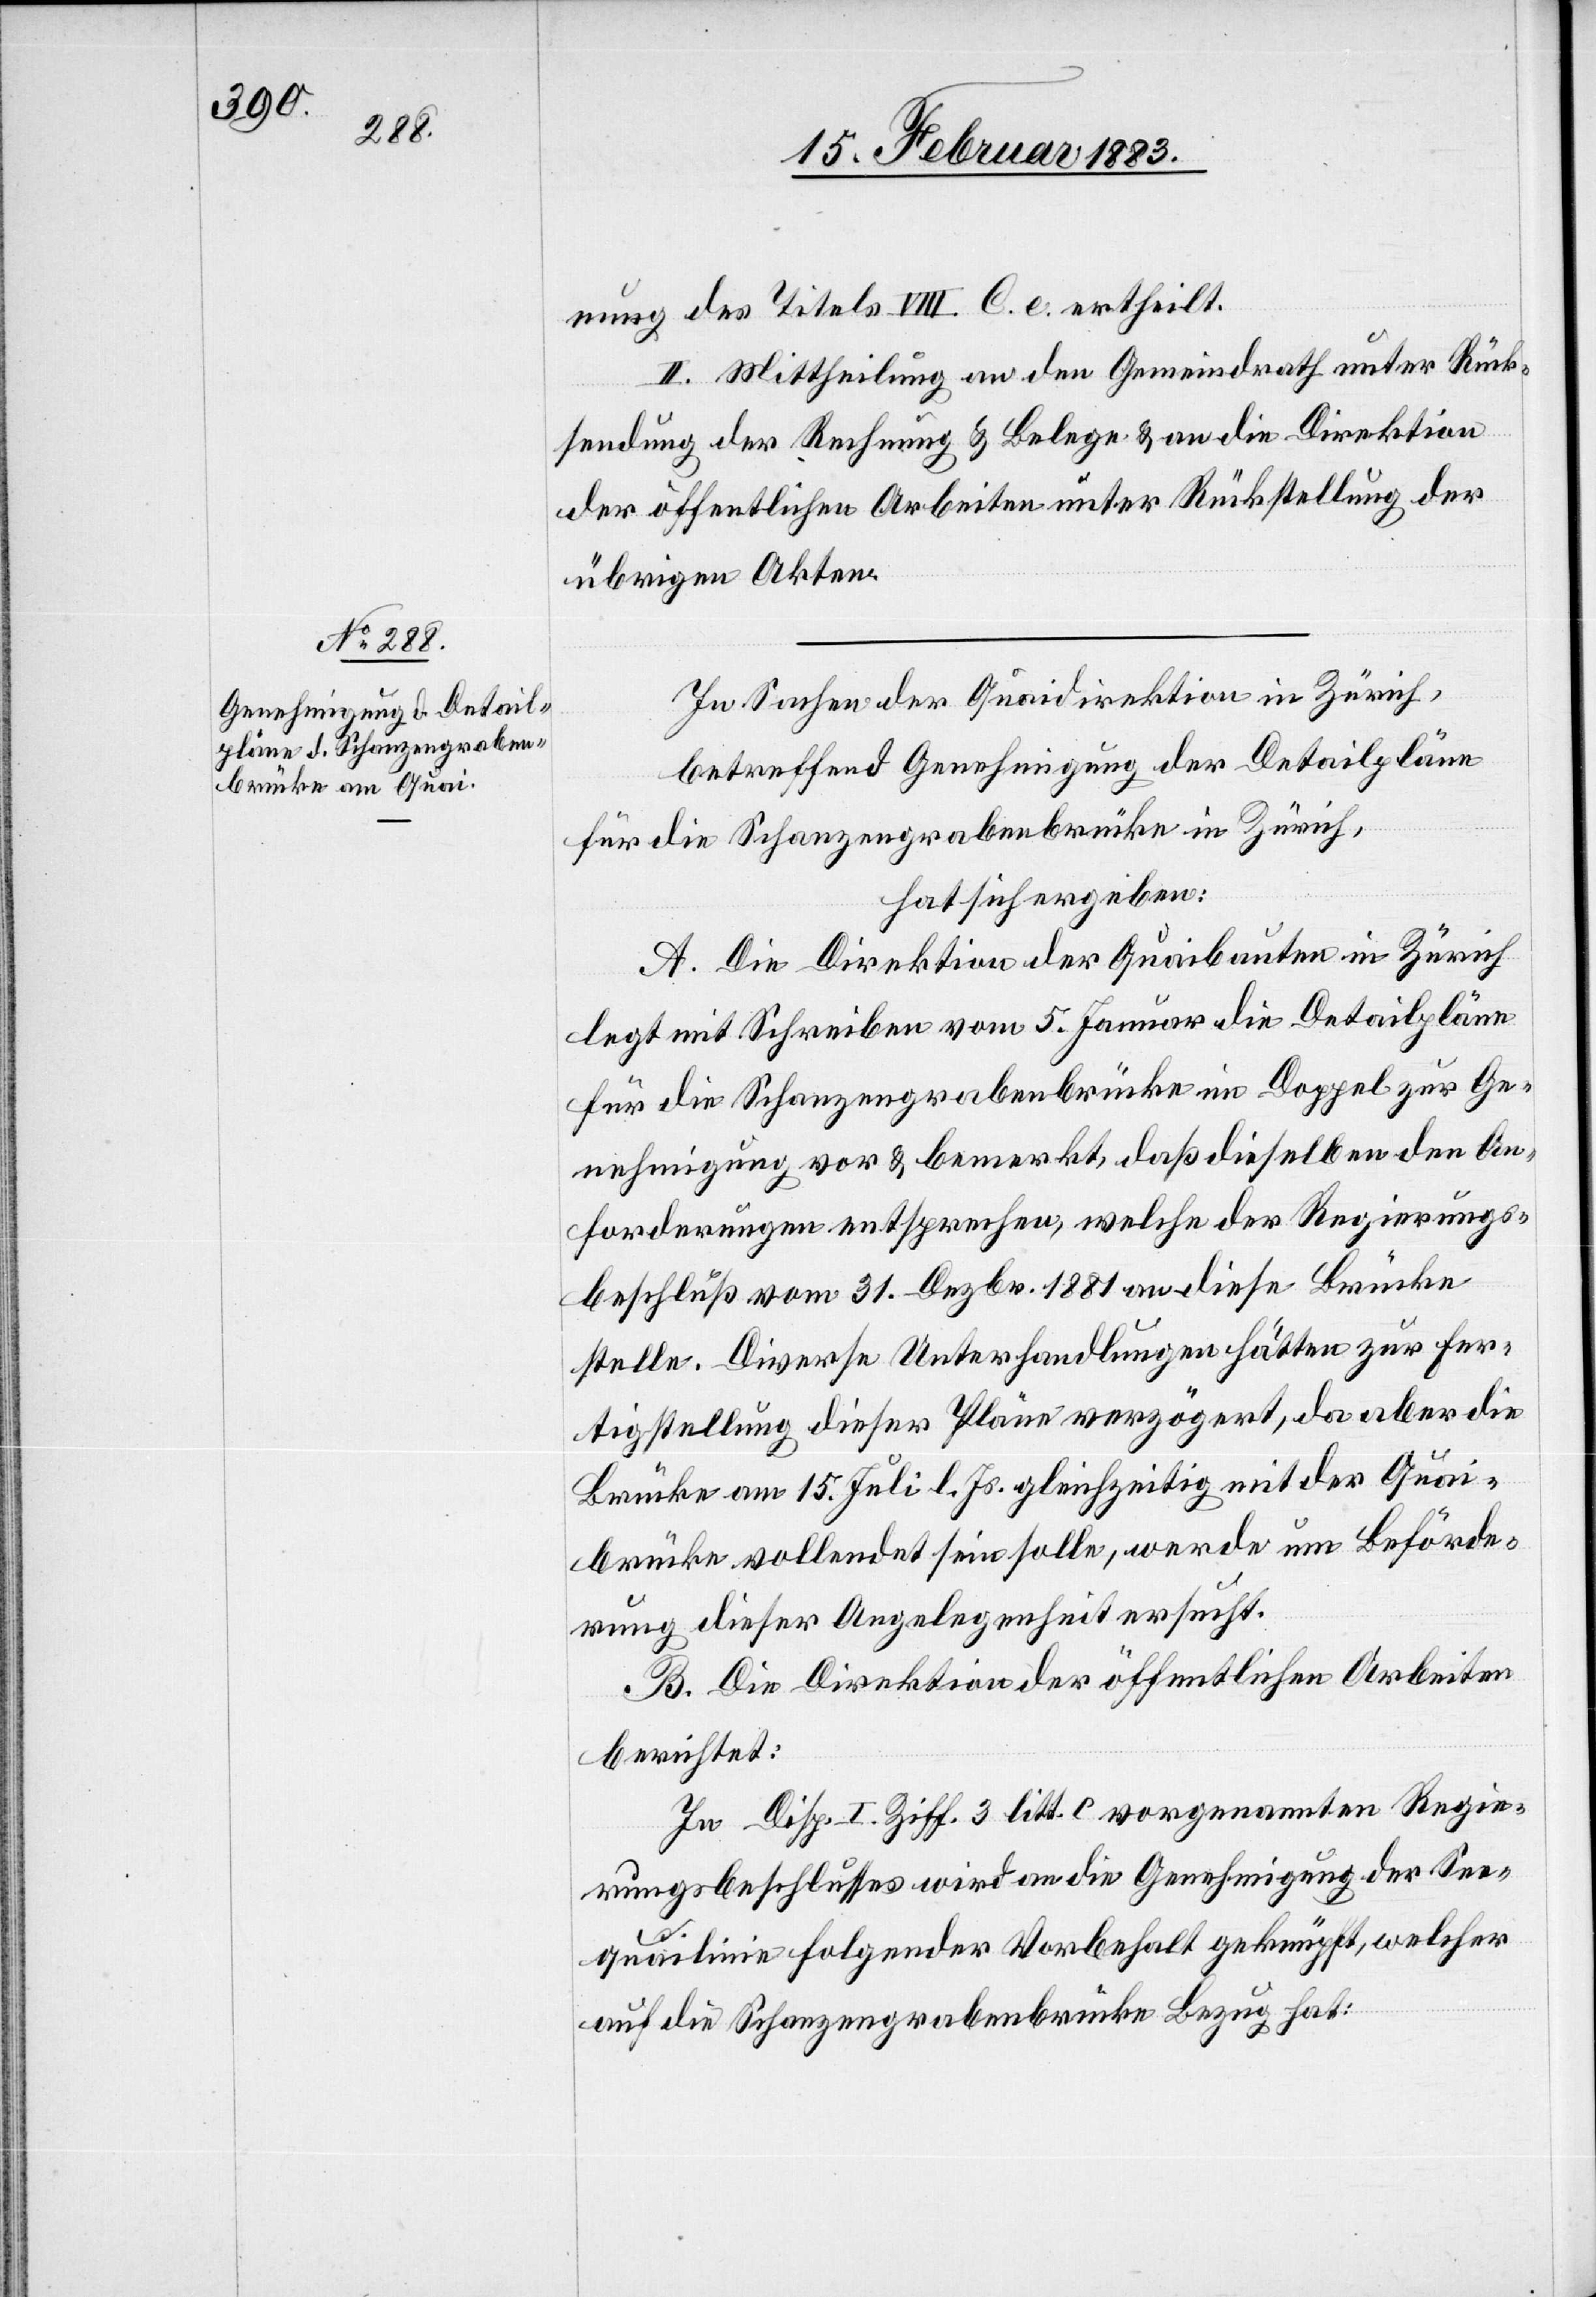
nung des Titels VIII. C. e. ertheilt.
II. Mittheilung an den Gemeindrath unter Rück¬
sendung der Rechnung & Belege & an die Direktion
der öffentlichen Arbeiten unter Rückstellung der
übrigen Akten.
In Sachen der Quaidirektion in Zürich,
betreffend Genehmigung der Detailpläne
für die Schanzengrabenbrücke in Zürich,
hat sich ergeben:
A. Die Direktion der Quaibauten in Zürich
legt mit Schreiben vom 5. Januar die Detailpläne
für die Schanzengrabenbrücke im Doppel zur Ge¬
nehmigung vor & bemerkt daß dieselben den An¬
forderungen entsprechen, welche der Regierungs¬
beschluß vom 31. Dezbr. 1881 an diese Brücke
stelle. Diverse Unterhandlungen hätten zur
Fertigstellung dieser Pläne verzögert, da aber die
Brücke am 15. Juli l. Js. gleichzeitig mit der Quai¬
brücke vollendet sein solle, werde um Beförde¬
rung dieser Angelegenheit ersucht.
B. Die Direktion der öffentlichen Arbeiten
berichtet:
In Disp. I. Ziff. 3 litt. c. vorgenannten Regie¬
rungsbeschlusses wird an die Genehmigung der See¬
quailinie folgender Vorbehalt geknüpft, welcher
auf die Schanzengrabenbrücke Bezug hat: